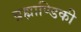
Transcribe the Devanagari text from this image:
ब्रह्माण्डिकी